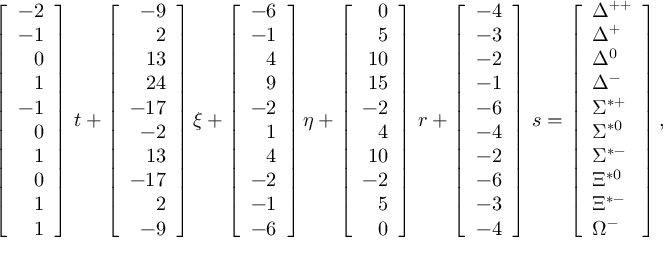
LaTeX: \left[ \begin{array} { r } { { - 2 } } \\ { { - 1 } } \\ { { 0 } } \\ { { 1 } } \\ { { - 1 } } \\ { { 0 } } \\ { { 1 } } \\ { { 0 } } \\ { { 1 } } \\ { { 1 } } \end{array} \right] \, t + \left[ \begin{array} { r } { { - 9 } } \\ { { 2 } } \\ { { 1 3 } } \\ { { 2 4 } } \\ { { - 1 7 } } \\ { { - 2 } } \\ { { 1 3 } } \\ { { - 1 7 } } \\ { { 2 } } \\ { { - 9 } } \end{array} \right] \xi + \left[ \begin{array} { r } { { - 6 } } \\ { { - 1 } } \\ { { 4 } } \\ { { 9 } } \\ { { - 2 } } \\ { { 1 } } \\ { { 4 } } \\ { { - 2 } } \\ { { - 1 } } \\ { { - 6 } } \end{array} \right] \eta + \left[ \begin{array} { r } { { 0 } } \\ { { 5 } } \\ { { 1 0 } } \\ { { 1 5 } } \\ { { - 2 } } \\ { { 4 } } \\ { { 1 0 } } \\ { { - 2 } } \\ { { 5 } } \\ { { 0 } } \end{array} \right] \, r + \left[ \begin{array} { r } { { - 4 } } \\ { { - 3 } } \\ { { - 2 } } \\ { { - 1 } } \\ { { - 6 } } \\ { { - 4 } } \\ { { - 2 } } \\ { { - 6 } } \\ { { - 3 } } \\ { { - 4 } } \end{array} \right] \, s = \left[ \begin{array} { l } { { \Delta ^ { + + } } } \\ { { \Delta ^ { + } } } \\ { { \Delta ^ { 0 } } } \\ { { \Delta ^ { - } } } \\ { { \Sigma ^ { * + } } } \\ { { \Sigma ^ { * 0 } } } \\ { { \Sigma ^ { * - } } } \\ { { \Xi ^ { * 0 } } } \\ { { \Xi ^ { * - } } } \\ { { \Omega ^ { - } } } \end{array} \right] ,